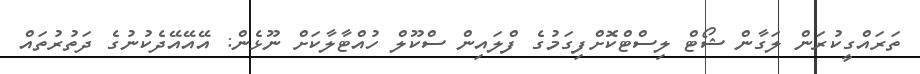
ތަރައްގީކުރަން ލަގާން ޝޯޓް ލިސްޓްކޮށްފިގަމުގެ ފްލައިން ސްކޫލް ހުއްޓާލާކަށް ނޫޅެން: އޭއޭއޭދެކުނުގެ ދަތުރުތައް